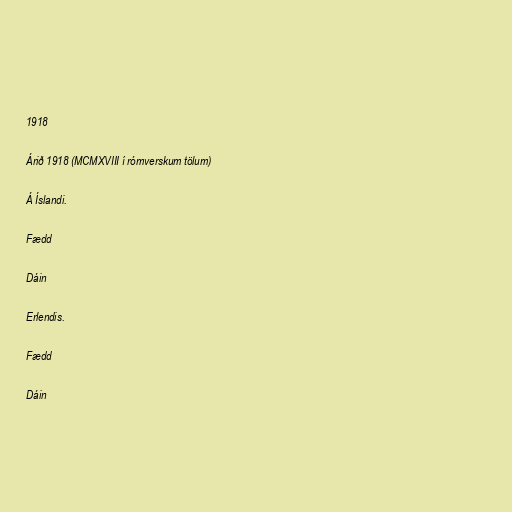
1918

Árið 1918 (MCMXVIII í rómverskum tölum)

Á Íslandi.

Fædd

Dáin

Erlendis.

Fædd

Dáin